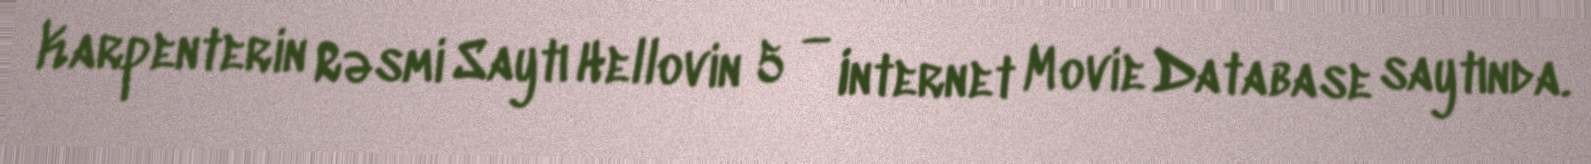
Karpenterin Rəsmi Saytı Hellovin 5 — Internet Movie Database saytında.